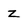
Character: z